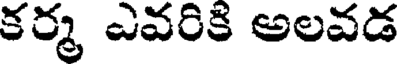
కర్మ ఎవరికి అలవడ